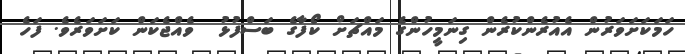
ހަމަކަށަވަރުން އެއުރެންކުރެން ގިނަމީހުންގެ މައްޗަށް ކޯފާގެ ބަސްފުޅު  ވެއްޖެކަން ކަށަވަރެވެ. ފަހެ